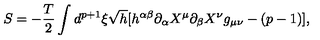
S = - \frac { T } { 2 } \int d ^ { p + 1 } \xi \sqrt { h } [ h ^ { \alpha \beta } \partial _ { \alpha } X ^ { \mu } \partial _ { \beta } X ^ { \nu } g _ { \mu \nu } - ( p - 1 ) ] ,